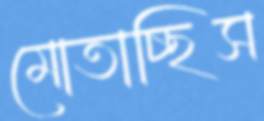
মোতাচ্ছিস